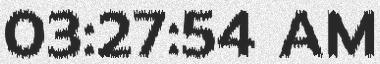
03:27:54 AM